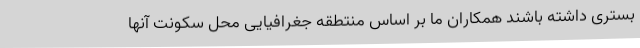
بستری داشته باشند همکاران ما بر اساس منتطقه جغرافیایی محل سکونت آنها